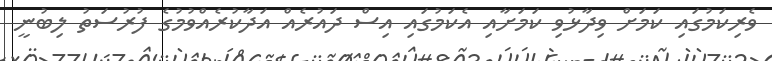
ވެރިކަމުގައި ކަމަށް ވިދާޅުވި ކަމަށާއި އެކަމުގައި އިސް ދައުރެއް އަދާކުރެއްވުމުގެ ފުރުސަތު ލިބުނީ